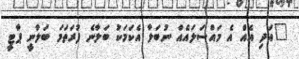
"އަދި އެއް އެ މައްސަލައެއް ނުބަލާ އެކަމަކު ބަލާނެ ފުރަތަމަ ބަލާނީ ޕާޓީ